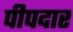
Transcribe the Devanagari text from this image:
पीपदार